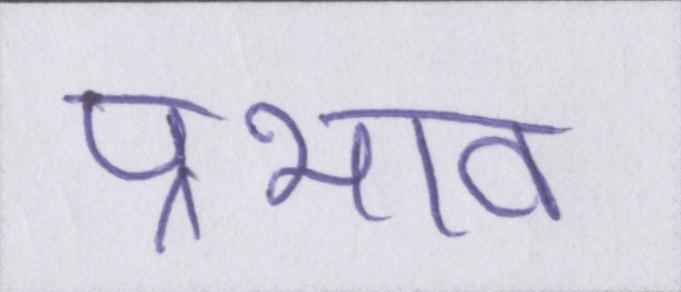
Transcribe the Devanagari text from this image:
प्रभाव